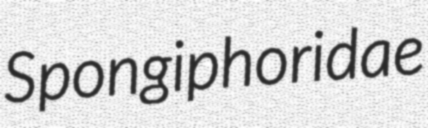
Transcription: Spongiphoridae